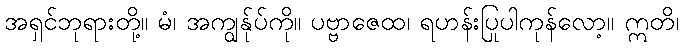
အရှင်ဘုရားတို့။ မံ၊ အကျွန်ုပ်ကို။ ပဗ္ဗာဇေထ၊ ရဟန်းပြုပါကုန်လော့။ ဣတိ၊